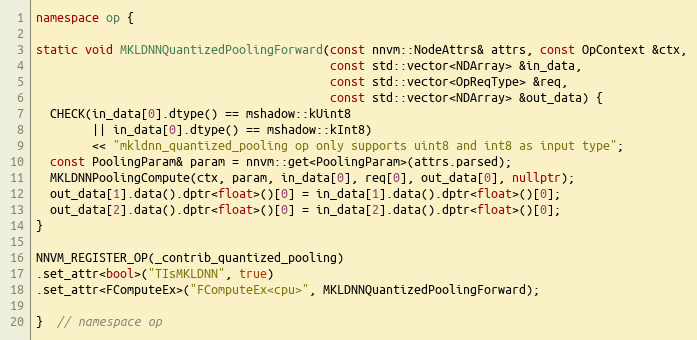
Language: C++
namespace op {

static void MKLDNNQuantizedPoolingForward(const nnvm::NodeAttrs& attrs, const OpContext &ctx,
                                          const std::vector<NDArray> &in_data,
                                          const std::vector<OpReqType> &req,
                                          const std::vector<NDArray> &out_data) {
  CHECK(in_data[0].dtype() == mshadow::kUint8
        || in_data[0].dtype() == mshadow::kInt8)
        << "mkldnn_quantized_pooling op only supports uint8 and int8 as input type";
  const PoolingParam& param = nnvm::get<PoolingParam>(attrs.parsed);
  MKLDNNPoolingCompute(ctx, param, in_data[0], req[0], out_data[0], nullptr);
  out_data[1].data().dptr<float>()[0] = in_data[1].data().dptr<float>()[0];
  out_data[2].data().dptr<float>()[0] = in_data[2].data().dptr<float>()[0];
}

NNVM_REGISTER_OP(_contrib_quantized_pooling)
.set_attr<bool>("TIsMKLDNN", true)
.set_attr<FComputeEx>("FComputeEx<cpu>", MKLDNNQuantizedPoolingForward);

}  // namespace op